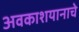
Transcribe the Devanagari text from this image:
अवकाशयानाचे